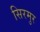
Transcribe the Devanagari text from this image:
सिरमुर